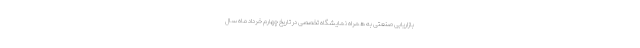
بازاریابی صنعتی به همراه نمایشگاه تخصصی در تاریخ چهارم خرداد ماه سال